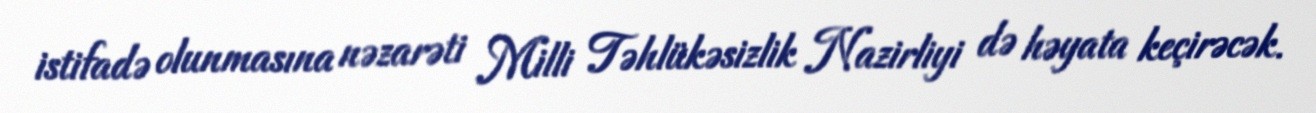
istifadə olunmasına nəzarəti Milli Təhlükəsizlik Nazirliyi də həyata keçirəcək.